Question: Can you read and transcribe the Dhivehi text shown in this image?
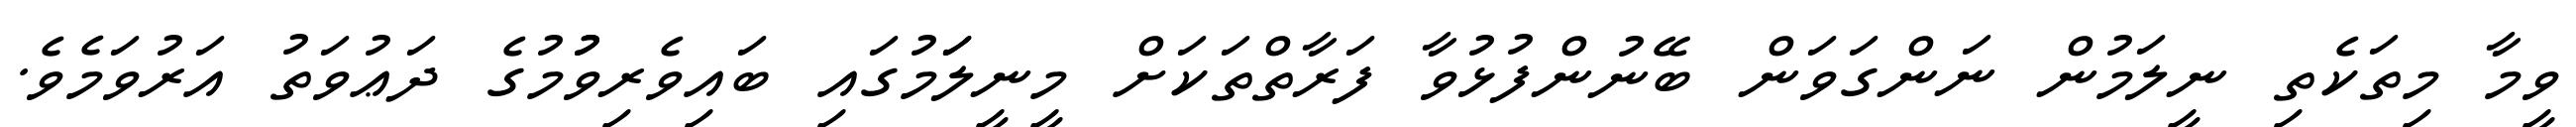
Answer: ވީމާ މިތަކެތި ނީލަމުން ނަންގަވަން ބޭނުންފުޅުވާ ފަރާތްތަކަށް މީނީލަަމުގައި ބައިވެރިވުުމުގެ ދަޢުވަތު އަރުވަމެވެ.